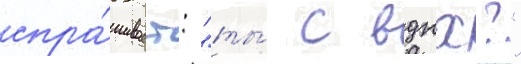
спра́шивает: "ты́ с вднх?"